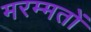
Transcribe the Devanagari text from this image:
मरम्मतों